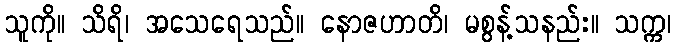
သူကို။ သိရိ၊ အသေရေသည်။ နောဇဟာတိ၊ မစွန့်သနည်း။ သက္က၊